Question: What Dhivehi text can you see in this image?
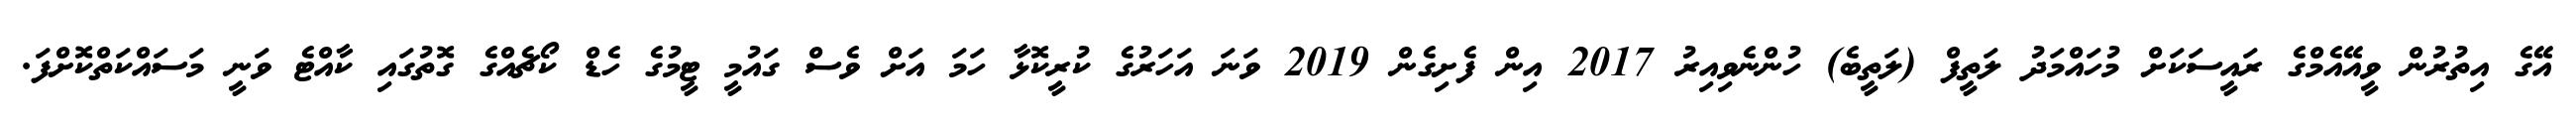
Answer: އޭގެ އިތުރުން ވީއޭއެމްގެ ރައީސަކަށް މުހައްމަދު ލަތީފް (ލަތީބެ) ހުންނެވިއިރު 2017 އިން ފެށިގެން 2019 ވަނަ އަހަރުގެ ކުރީކޮޅާ ހަމަ އަށް ވެސް ގައުމީ ޓީމުގެ ހެޑް ކޯޗެއްގެ ގޮތުގައި ކާއްޓެ ވަނީ މަސައްކަތްކޮށްފަ.